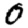
Digit: 0